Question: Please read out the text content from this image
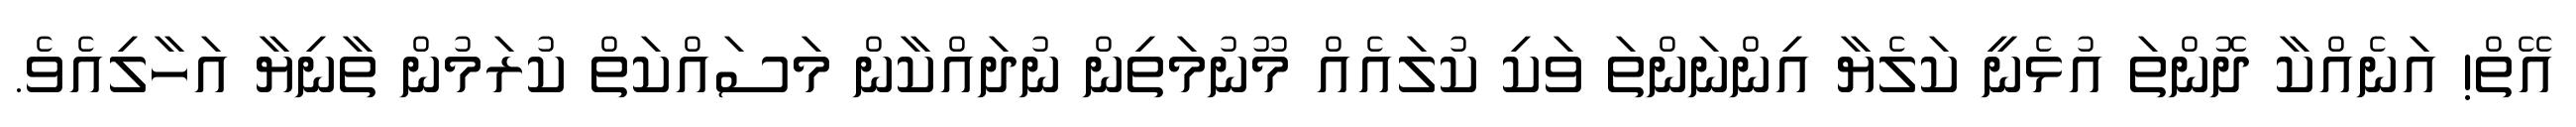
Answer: އޭތް! އަނެއްކާ ދޮންތަ އުޅެނީ ކަލެޔާ އިންނަންތަ ވަކި ކުލައެއް މޫނުމަތިން ނުދައްކާން މަސައްކަތް ކުރަމުން ތާނިޔާ އަހާލިއެވެ.